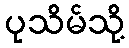
ပုသိမ်သို့